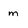
Character: m